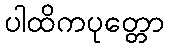
ပါထိကပုတ္တော